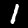
Label: 1